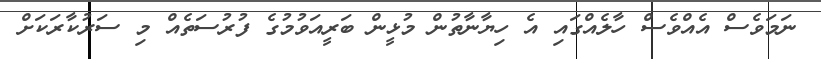
ނަމަވެސް އެއްވެސް ހާލެއްގައި އެ ހިޔާނާތުން މުޅީން ބަރީއަވުމުގެ ފުރުސަތެއް މި ސަރުކާރަކަށް